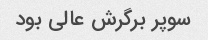
سوپر برگرش عالی بود